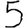
Digit: 5